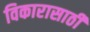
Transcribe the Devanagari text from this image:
विकारासाठी